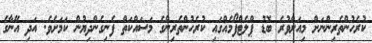
ކުރެހުންތެރިންނަށް މިއަށްވުރެ ބޮޑު ޕްލެޓްފޯމެއްގައި ކުރެހުންތެރިންގެ މަސައްކަތް ފެނިގެންދިޔުން ކަމަށެވެ. އަދި އޭނާގެ